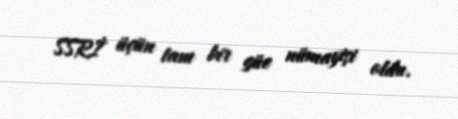
SSRİ üçün tam bir güc nümayişi oldu.